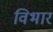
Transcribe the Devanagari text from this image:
विभार